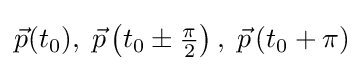
{\vec {p}}(t_{0}),\;{\vec {p}}\left(t_{0}\pm {\tfrac {\pi }{2}}\right),\;{\vec {p}}\left(t_{0}+\pi \right)